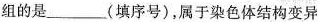
组的是_______(填序号)，属于染色体结构变异